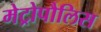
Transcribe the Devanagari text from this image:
मेट्रोपौलिस